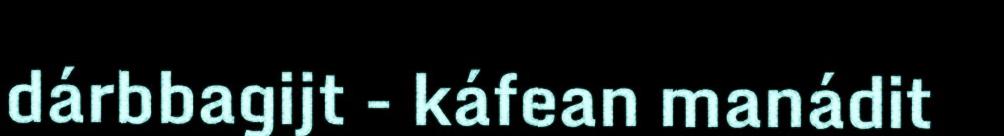
dárbbagijt - káfean manádit